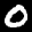
Label: 0